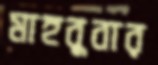
মাহবুবার